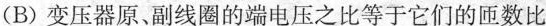
(B) 变压器原、副线圈的端电压之比等于它们的匝数比